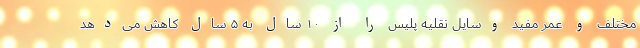
مختلف و عمر مفید وسایل نقلیه پلیس را از ۱۰ سال به ۵ سال کاهش می‌دهد